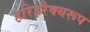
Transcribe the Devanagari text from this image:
हरिहरैक्यरूप